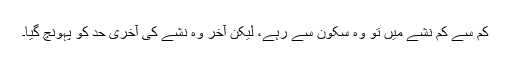
کم سے کم نشے میں تو وہ سکون سے رہے، لیکن آخر وہ نشے کی آخری حد کو پہونچ گیا۔